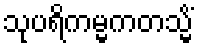
သုပရိကမ္မကတသ္မိံ